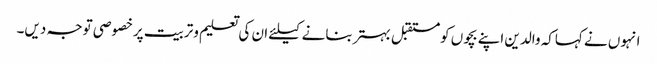
انہوں نے کہاکہ والدین اپنے بچوں کومستقبل بہتربنانے کیلئے ان کی تعلیم وتربیت پرخصوصی توجہ دیں۔